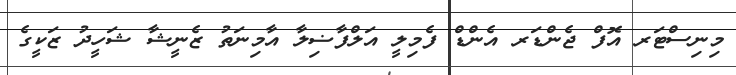
މިނިސްޓަރ އޮފް ޖެންޑަރ އެންޑް ފެމިލީ އަލްފާޟިލާ އާމިނަތު ޒެނީޝާ ޝަހީދު ޒަކީގެ